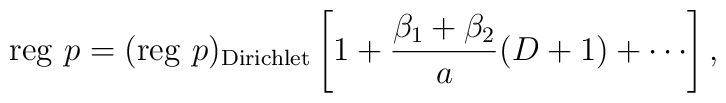
{\rm reg}\,\,p=({\rm reg}\,\,p)_{{\rm Dirichlet}}  \left[ 1+\frac{\beta _1+\beta _2}{a}(D+1)+\cdots \right] ,